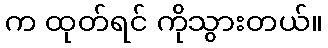
က ထုတ်ရင် ကိုသွားတယ်။